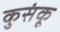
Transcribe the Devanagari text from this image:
कुसंकू